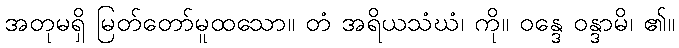
အတုမရှိ မြတ်တော်မူထသော။ တံ အရိယသံဃံ၊ ကို။ ဝန္ဒေ ဝန္ဒာမိ၊ ၏။